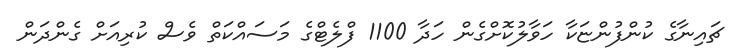
ޗައިނާގެ ކުންފުންޏަކާ ހަވާލުކޮށްގެން ހަދާ 1100 ފްލެޓްގެ މަސައްކަތް ވެސް ކުރިއަށް ގެންދަން